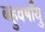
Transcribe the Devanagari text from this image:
बहुवर्षांयु